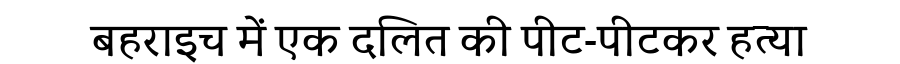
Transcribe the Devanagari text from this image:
बहराइच में एक दलित की पीट-पीटकर हत्या